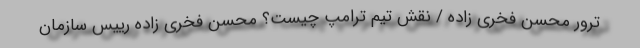
ترور محسن فخری زاده / نقش تیم ترامپ چیست؟ محسن فخری‌ زاده رییس سازمان